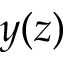
y ( z )